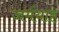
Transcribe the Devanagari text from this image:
जर्मयाह